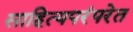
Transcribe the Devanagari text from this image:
साहित्यपरंपरेत